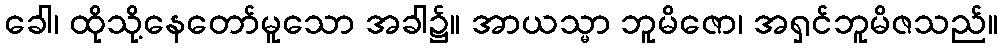
ခေါ၊ ထိုသို့နေတော်မူသော အခါ၌။ အာယသ္မာ ဘူမိဇော၊ အရှင်ဘူမိဇသည်။